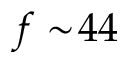
f \sim \! 4 4